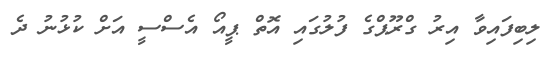
ލިބިފައިވާ އިރު ގްރޫޕްގެ ފުލުގައި އޮތް ޕީއޯ އެސްސީ އަށް ކުޅުނު ދެ